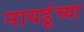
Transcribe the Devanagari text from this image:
नायडूंच्या